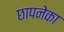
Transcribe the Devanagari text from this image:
छापनेका